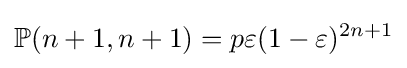
\mathbb {P} (n+1,n+1)=p\varepsilon (1-\varepsilon )^{2n+1}